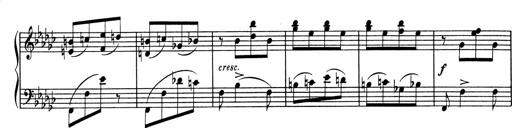
Title: Sonatine pour piano
Composer: Albert Roussel